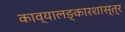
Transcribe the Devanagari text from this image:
काव्यालङ्कारशास्त्र